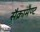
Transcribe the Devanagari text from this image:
सैक्रामेण्ट